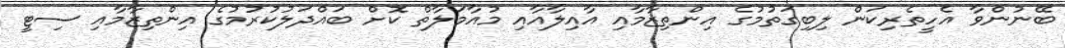
ބޭނުންވާ އެހީތެރިކަން ލިބިގަތުމުގެ އިންތިޒާމާއި އާއިލާއާއި މުއާމަލާތް ކޮށް ބައްދަލުކުރުމުގެ އިންތިޒާމާއި ސިޓީ